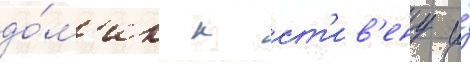
до́м'ик к ст'ив'ену и́